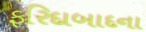
ફરિદાબાદના